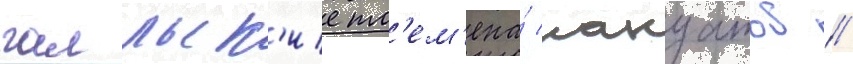
галльск'ие пл'ем'ена́ нануатов /